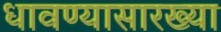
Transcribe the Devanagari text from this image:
धावण्यासारख्या